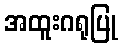
အထူးဂရုပြု